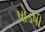
ષોડષી